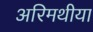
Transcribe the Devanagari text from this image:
अरिमथीया